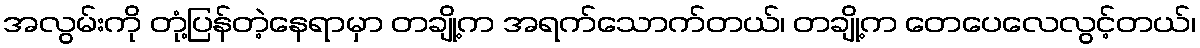
အလွမ်းကို တုံ့ပြန်တဲ့နေရာမှာ တချို့က အရက်သောက်တယ်၊ တချို့က တေပေလေလွင့်တယ်၊